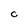
Character: C